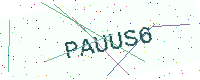
Text: PAUUS6